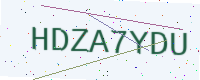
Text: HDZA7YDU